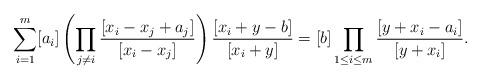
LaTeX: \begin{gather*} \sum_{i=1}^{m} [a_i] \left( \prod_{j \not= i}{{[x_i-x_j+a_j] \over [x_{i}-x_{j}]}} \right){{[x_i+y-b] \over [x_i+y]}} =[b] \prod_{1 \le i \le m} {{[y+x_{i}-a_{i}] \over [y+x_i]}}.\end{gather*}